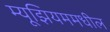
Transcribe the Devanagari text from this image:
म्यूझियममधील